Indian journal of veterinary science and animal husbandry - Volume 7,
Year: 1937
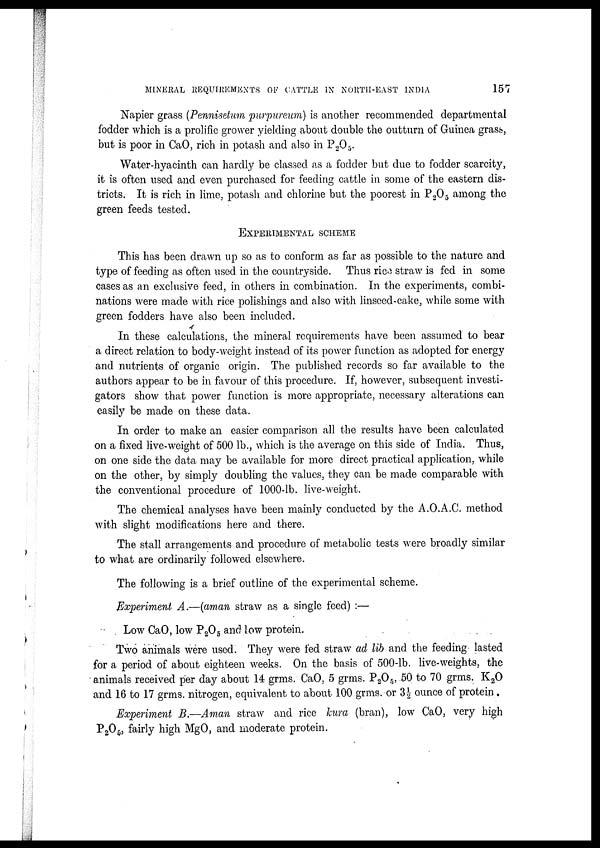
MINERAL REQUIREMENTS OF CATTLE IN NORTH-EAST INDIA
157
Napier grass (Pennisetum purpureum) is another recommended departmental
fodder which is a prolific grower yielding about double the outturn of Guinea grass,
but is poor in CaO, rich in potash and also in P 2 O 5 .
Water-hyacinth can hardly be classed as a fodder but due to fodder scarcity,
it is often used and even purchased for feeding cattle in some of the eastern dis-
tricts. It is rich in lime, potash and chlorine but the poorest in P 2 O 5 among the
green feeds tested.
EXPERIMENTAL SCHEME
This has been drawn up so as to conform as far as possible to the nature and
type of feeding as often used in the countryside. Thus rice straw is fed in some
cases as an exclusive feed, in others in combination. In the experiments, combi-
nations were made with rice polishings and also with linseed-cake, while some with
green fodders have also been included.
In these calculations, the mineral requirements have been assumed to bear
a direct relation to body-weight instead of its power function as adopted for energy
and nutrients of organic origin. The published records so far available to the
authors appear to be in favour of this procedure. If, however, subsequent investi-
gators show that power function is more appropriate, necessary alterations can
easily be made on these data.
In order to make an easier comparison all the results have been calculated
on a fixed live-weight of 500 lb., which is the average on this side of India. Thus,
on one side the data may be available for more direct practical application, while
on the other, by simply doubling the values, they can be made comparable with
the conventional procedure of 1000-lb. live-weight.
The chemical analyses have been mainly conducted by the A.O.A.C. method
with slight modifications here and there.
The stall arrangements and procedure of metabolic tests were broadly similar
to what are ordinarily followed elsewhere.
The following is a brief outline of the experimental scheme.
Experiment A.—(aman straw as a single feed) :—
Low CaO, low P 2 O 5 and low protein.
Two animals were used. They were fed straw ad lib and the feeding lasted
for a period of about eighteen weeks. On the basis of 500-lb. live-weights, the
animals received per day about 14 grms. CaO, 5 grms. P 2 O 5 , 50 to 70 grms. K 2 O
and 16 to 17 grms. nitrogen, equivalent to about 100 grms. or 3½ ounce of protein.
Experiment B.—Aman straw and rice kura (bran), low CaO, very high
P 2 O 5 , fairly high MgO, and moderate protein.